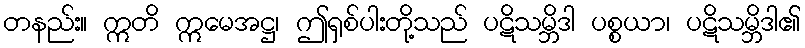
တနည်း။ ဣတိ ဣမေအဋ္ဌ၊ ဤရှစ်ပါးတို့သည် ပဋိသမ္ဘိဒါ ပစ္စယာ၊ ပဋိသမ္ဘိဒါ၏